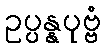
ဥပ္ပန္နပုဗ္ဗံ